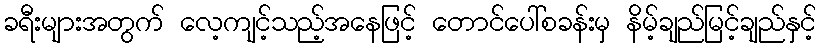
ခရီးများအတွက် လေ့ကျင့်သည့်အနေဖြင့် တောင်ပေါ်စခန်းမှ နိမ့်ချည်မြင့်ချည်နှင့်